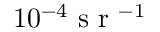
1 0 ^ { - 4 } \mathrm { ~ s ~ r ~ } ^ { - 1 }